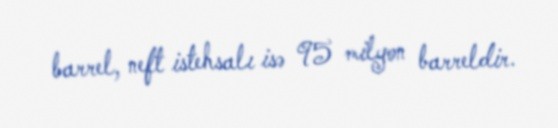
barrel, neft istehsalı isə 95 milyon barreldir.